Source: Handwritten
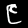
Digit: ၉ (9)